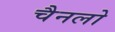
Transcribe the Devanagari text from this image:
चैनलो